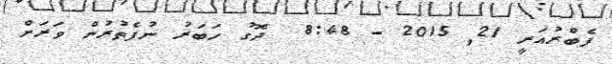
ފެބްރުއަރީ 21